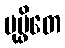
ပုပ္ဖိတေ